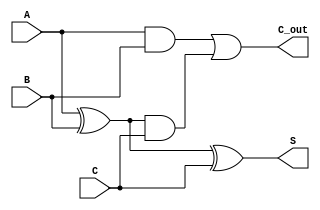
module ModifiedCarrySaveAdder #(parameter N = 8) (
    input  wire [N-1:0] A, // First input vector
    input  wire [N-1:0] B, // Second input vector
    input  wire [N-1:0] C, // Third input vector
    output wire [N-1:0] S, // Sum output
    output wire [N-1:0] C_out // Carry output
);

    // Intermediate signals for carry and sum
    wire [N-1:0] sum_ab; // Sum of A and B
    wire [N-1:0] carry_ab; // Carry from A and B
    wire [N-1:0] sum_abc; // Final sum of A, B and C
    wire [N-1:0] carry_abc; // Final carry from A, B and C

    // Compute the sum and carry for A and B
    assign sum_ab = A ^ B; // XOR for sum
    assign carry_ab = (A & B); // AND for carry

    // Compute the sum and carry for the intermediate sum and C
    assign S = sum_ab ^ C; // Final sum
    assign C_out = carry_ab | (sum_ab & C); // Final carry

endmodule